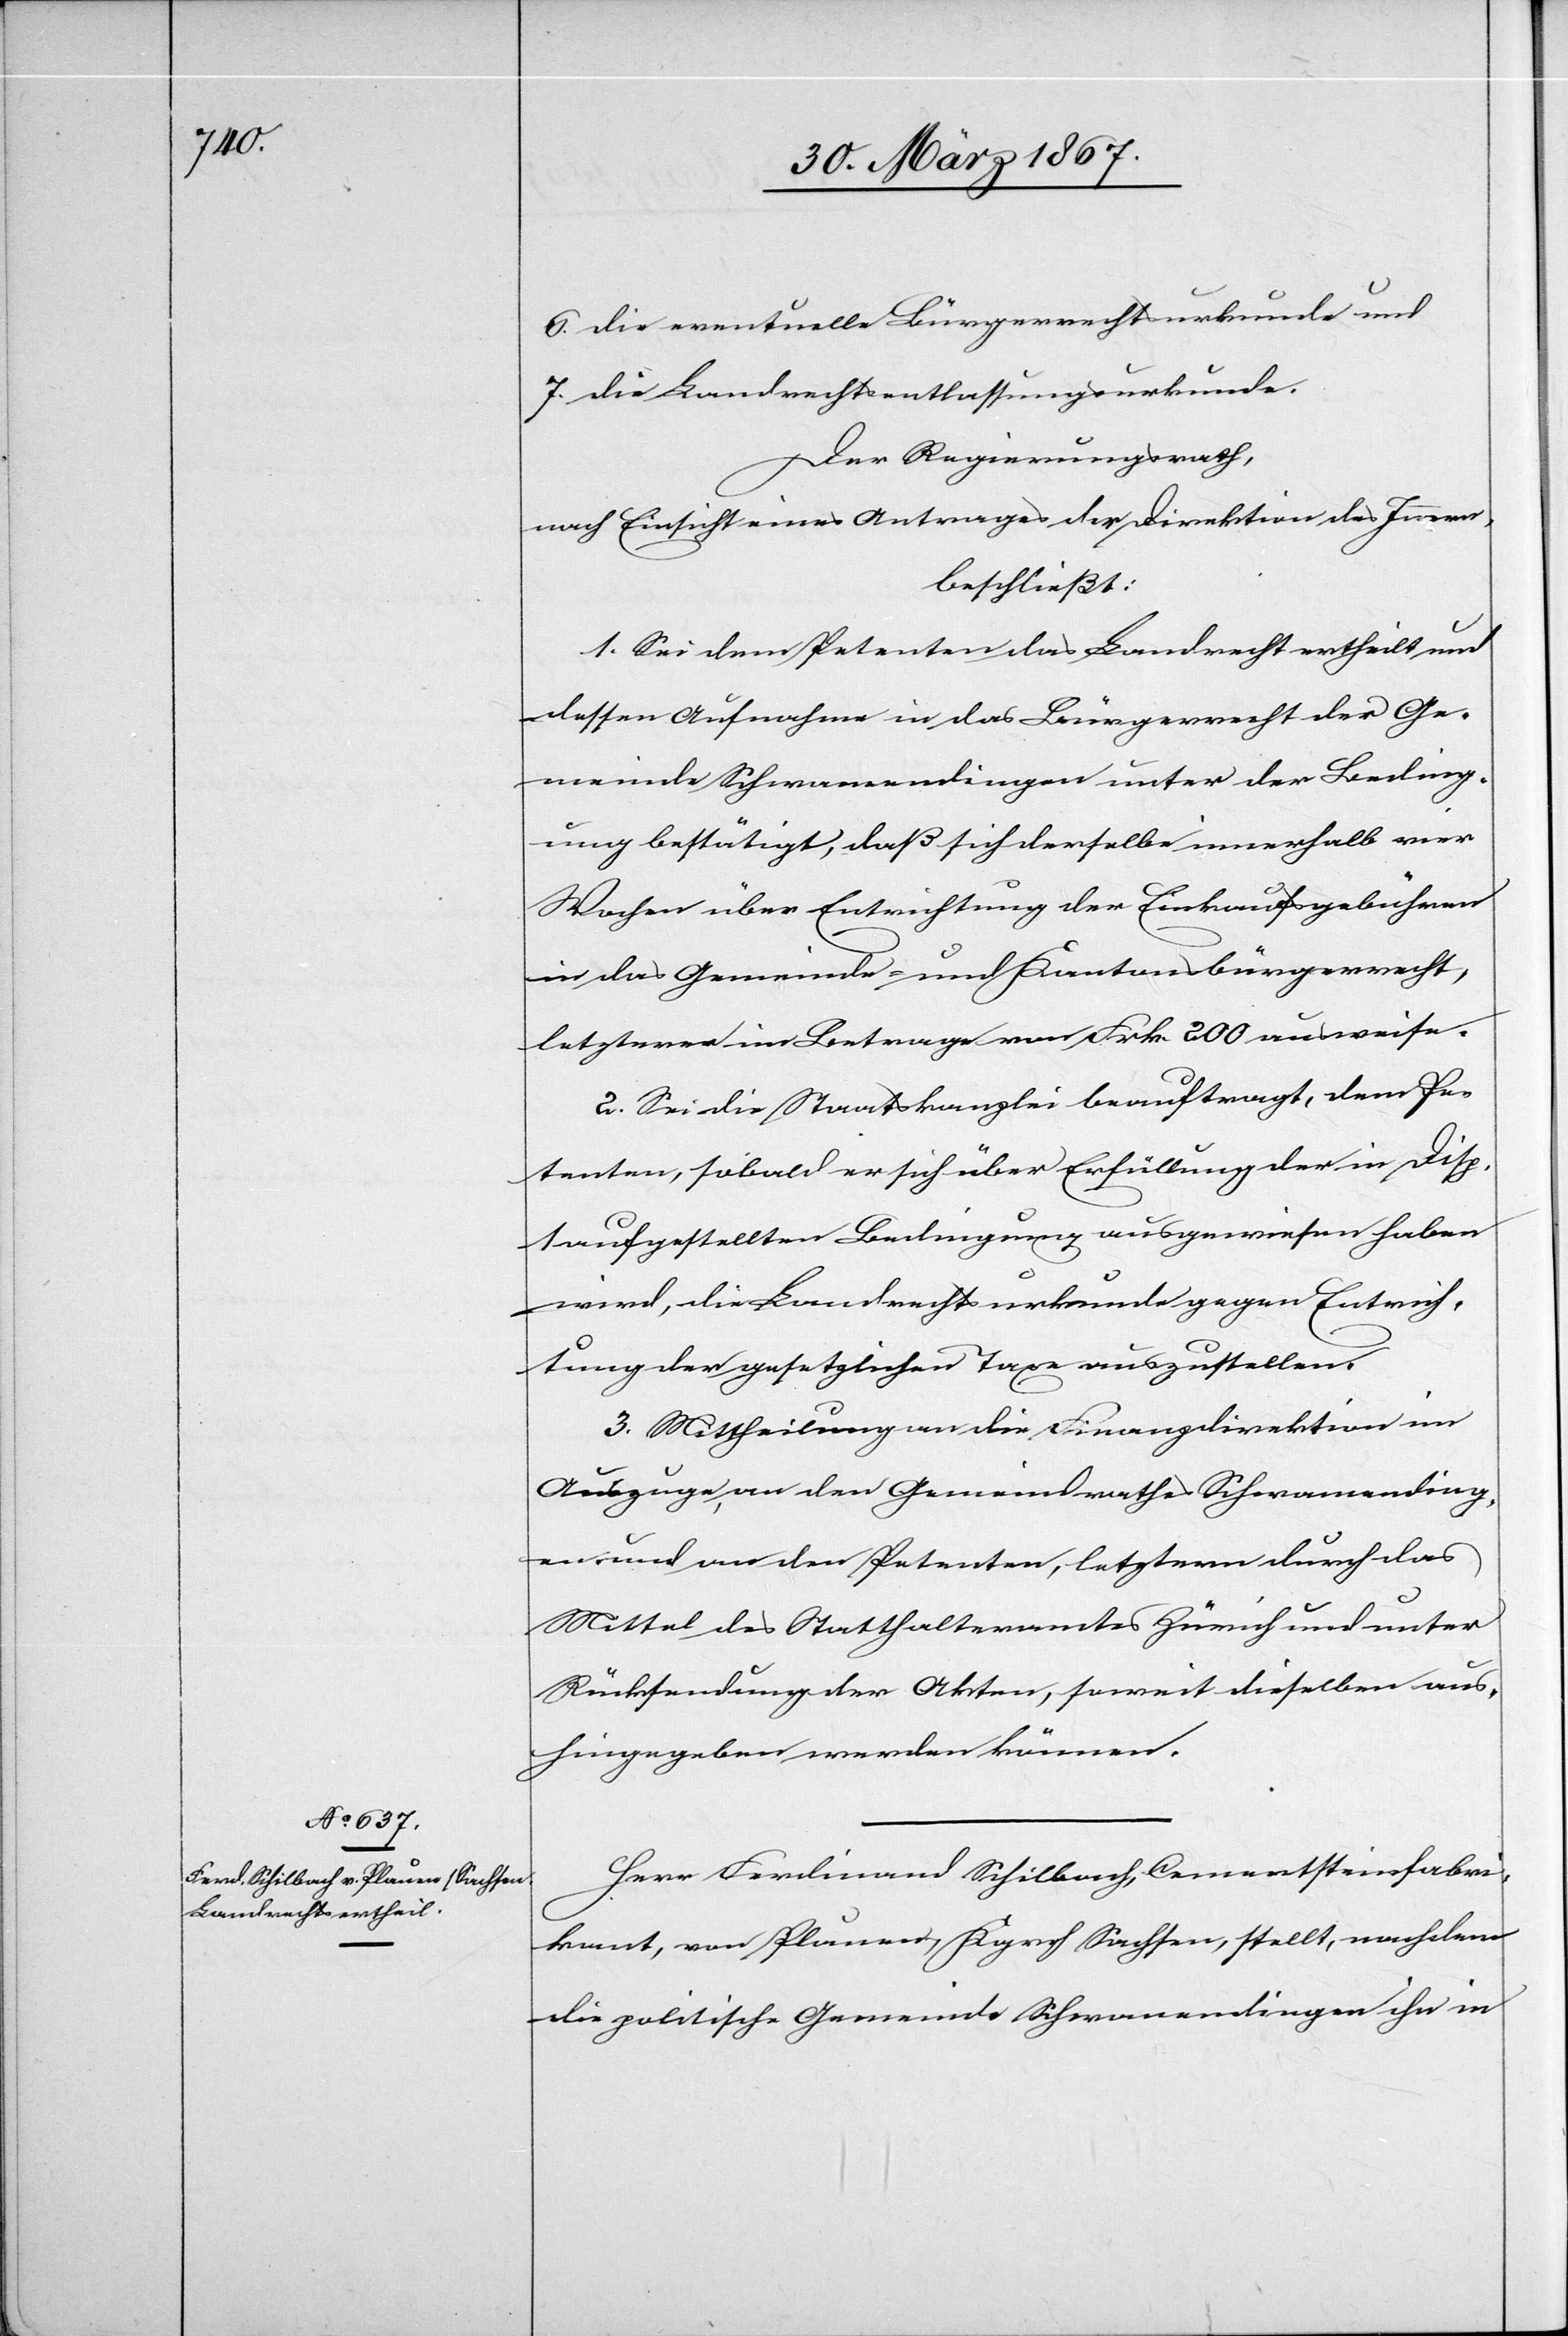
6. 	die eventuelle Bürgerrechtsurkunde und
7.	die Landrechtsentlassungsurkunde.
Der Regierungsrath,
nach Einsicht eines Antrages der Direktion des Innern,
beschließt:
1. Sei dem Petenten das Landrecht ertheilt und
dessen Aufnahme in das Bürgerrecht der Ge¬
meinde Schwamendingen unter der Beding¬
ung bestätigt, daß sich derselbe innerhalb vier
Wochen über Entrichtung der Einkaufsgebühren
in das Gemeinde- und Kantonsbürgerrecht,
letzterer im Betrage von Frk. 200 ausweise.
2. Sei die Staatskanzlei beauftragt, dem Pe¬
tenten, sobald er sich über Erfüllung der in Disp.
1 aufgestellten Bedingung ausgewiesen haben
wird, die Landrechtsurkunde gegen Entrich¬
tung der gesetzlichen Taxe auszustellen.
3. Mittheilung an die Finanzdirektion im
Auszuge, an den Gemeindrathe Schwamending¬
en und an den Petenten, letztern durch das
Mittel des Statthalteramtes Zürich und unter
Rücksendung der Akten, soweit dieselben aus¬
hingegeben werden können.
Herr Ferdinand Schilbach, Cementsteinfabri¬
kant, von Plauen, Kgrch. Sachsen, stellt, nachdem
die politische Gemeinde Schwamendingen ihn in